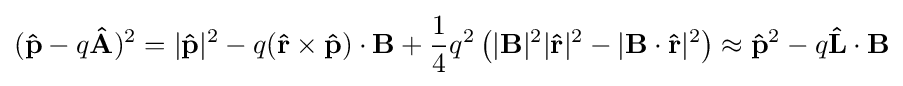
(\mathbf {\hat {p}} -q\mathbf {\hat {A}} )^{2}=|\mathbf {\hat {p}} |^{2}-q(\mathbf {\hat {r}} \times \mathbf {\hat {p}} )\cdot \mathbf {B} +{\frac {1}{4}}q^{2}\left(|\mathbf {B} |^{2}|\mathbf {\hat {r}} |^{2}-|\mathbf {B} \cdot \mathbf {\hat {r}} |^{2}\right)\approx \mathbf {\hat {p}} ^{2}-q\mathbf {\hat {L}} \cdot \mathbf {B}